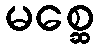
မစ္ဆေ